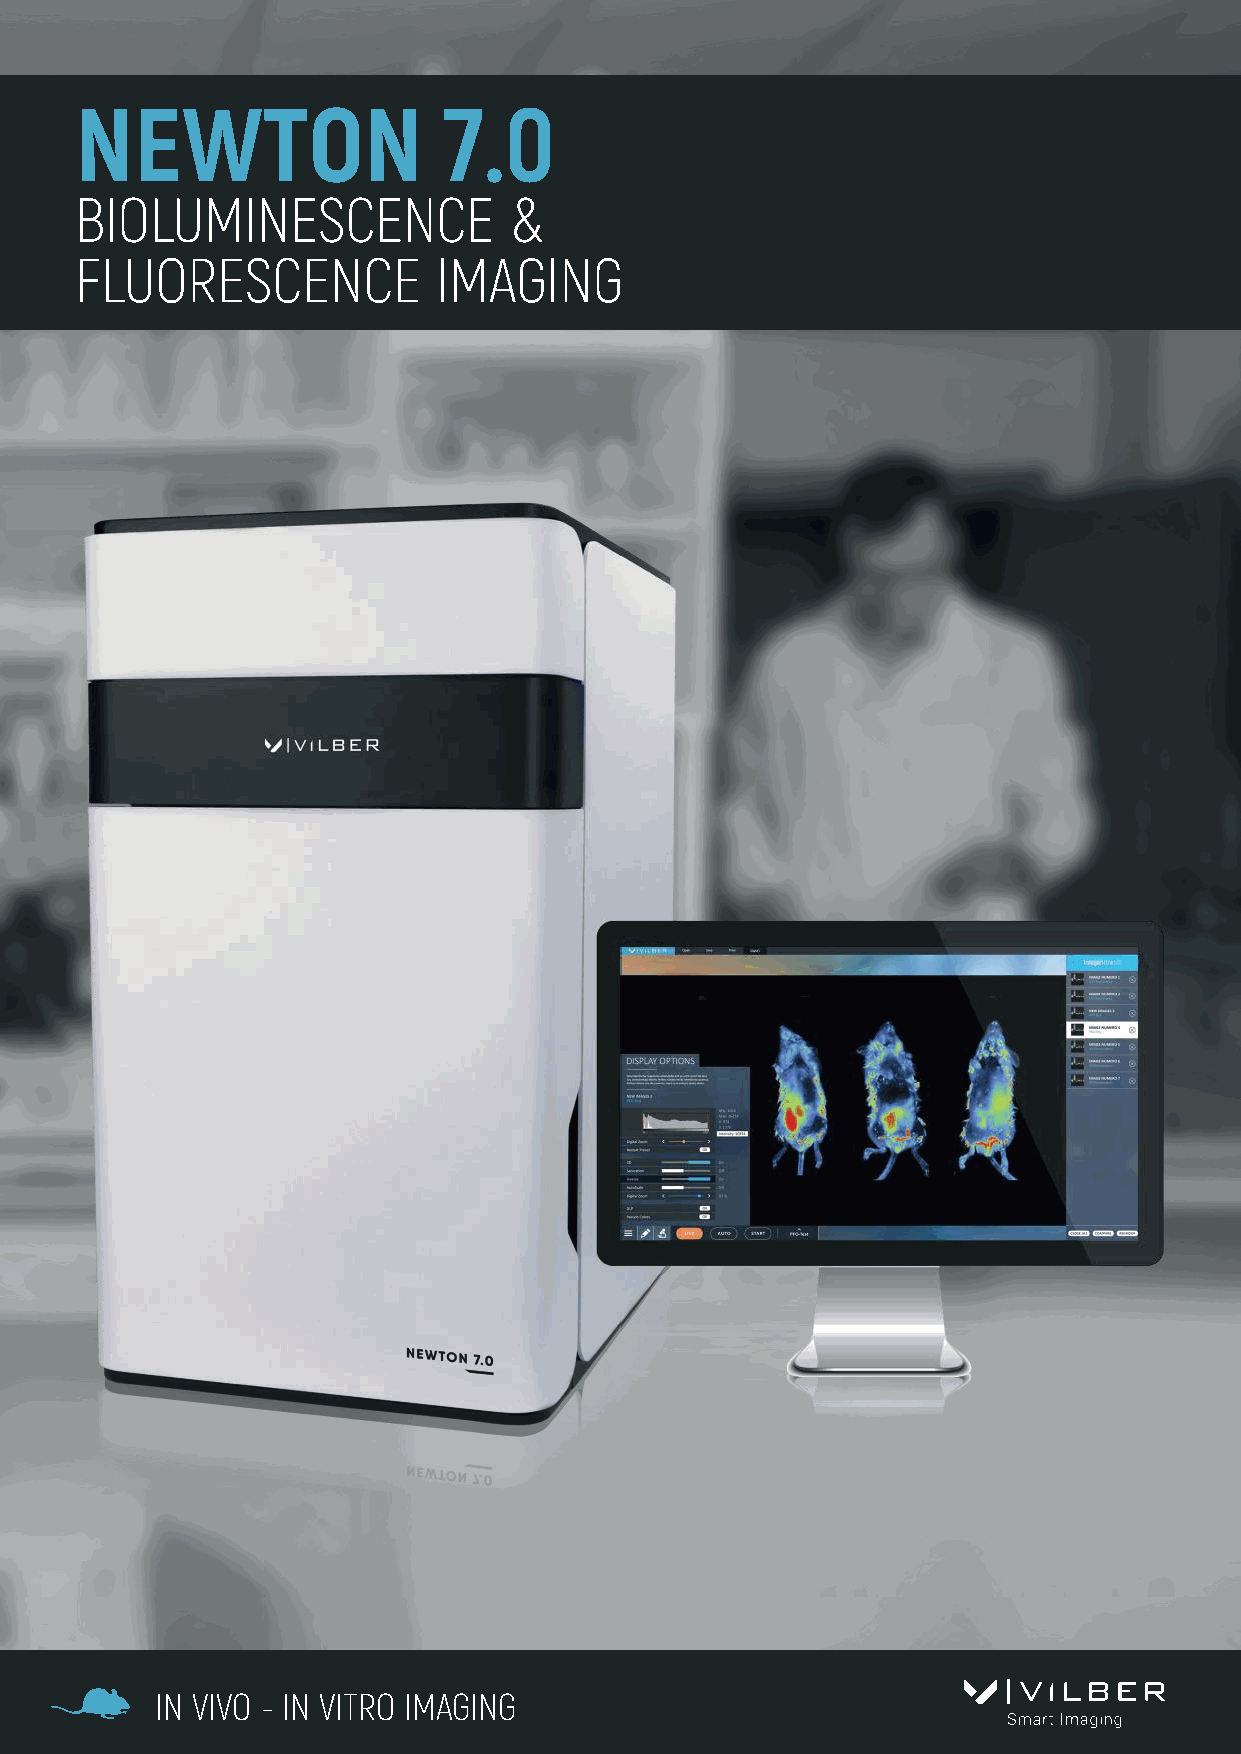
NEWTON                  7.0
 BIOLUMINESCENCE              &
 FLUORESCENCE            IMAGING
 IN VIVO - IN VITRO IMAGING